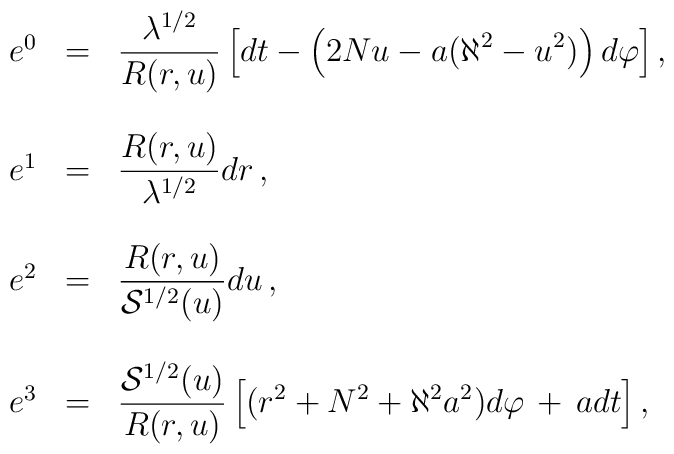
\begin{array}{rcl}e^{0} & = & {\displaystyle\frac{\lambda^{1/2}}{R(r,u)}          \left[             dt -\left(2Nu-a(\aleph^{2} -u^2)\right)d\varphi          \right]} \, , \\& & \\e^{1} & = & {\displaystyle\frac{R(r,u)}{\lambda^{1/2}}dr} \, ,\\& & \\e^{2} & = & {\displaystyle\frac{ R(r,u)}{{\cal S}^{1/2}(u)}du} \, , \\& &  \\e^{3} & = & {\displaystyle\frac{{\cal S}^{1/2}(u)}{ R(r,u)}\left[ (r^2+N^2+\aleph^{2} a^2)d\varphi \,+\, a dt \right]} \, ,\end{array}